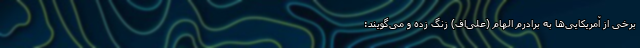
برخی از آمریکایی‌ها به برادرم الهام (علی‌اف) زنگ زده و می‌گویند: